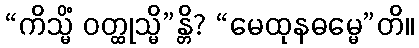
“ကိသ္မိံ ဝတ္ထုသ္မိ”န္တိ? “မေထုနဓမ္မေ”တိ။